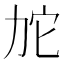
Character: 𱐯